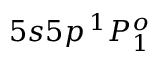
5 s 5 p \, ^ { 1 } P _ { 1 } ^ { o }